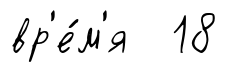
вр'е́м'я 18